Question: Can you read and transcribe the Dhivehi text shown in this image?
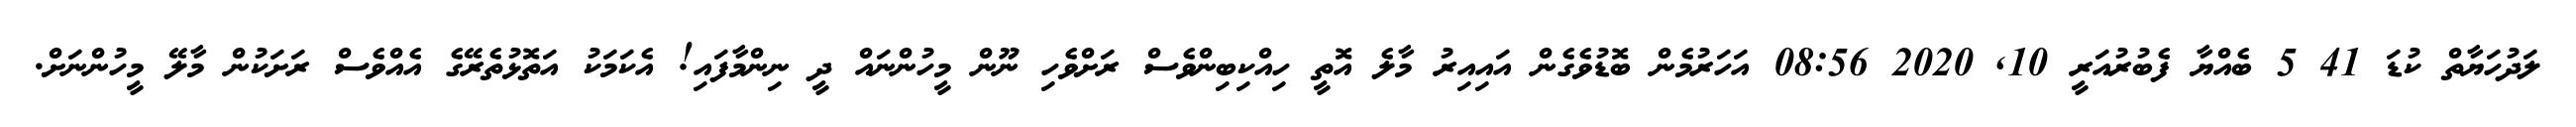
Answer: ލަދުހަޔާތް ކުޑަ 41 5 ބެއްޔާ ފެބުރުއަރީ 10, 2020 08:56 އަހަރުމެން ބޮޑުވެގެން އައިއިރު މާލެ އޮތީ ހިއްކިބިންވެސް ރަށްވެހި ނޫން މީހުންނައް ދީ ނިންމާފައި! އެކަމަކު އަތޮޅުތެރޭގެ އެއްވެސް ރަށަކުން މާލޭ މީހުންނަށް.